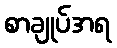
စာချုပ်အရ